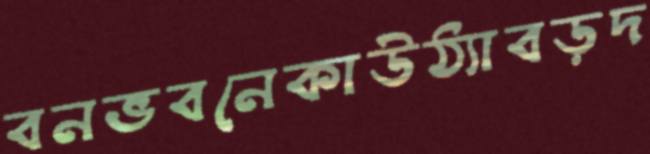
বনভবনেকাউঠ্যাবড়দ